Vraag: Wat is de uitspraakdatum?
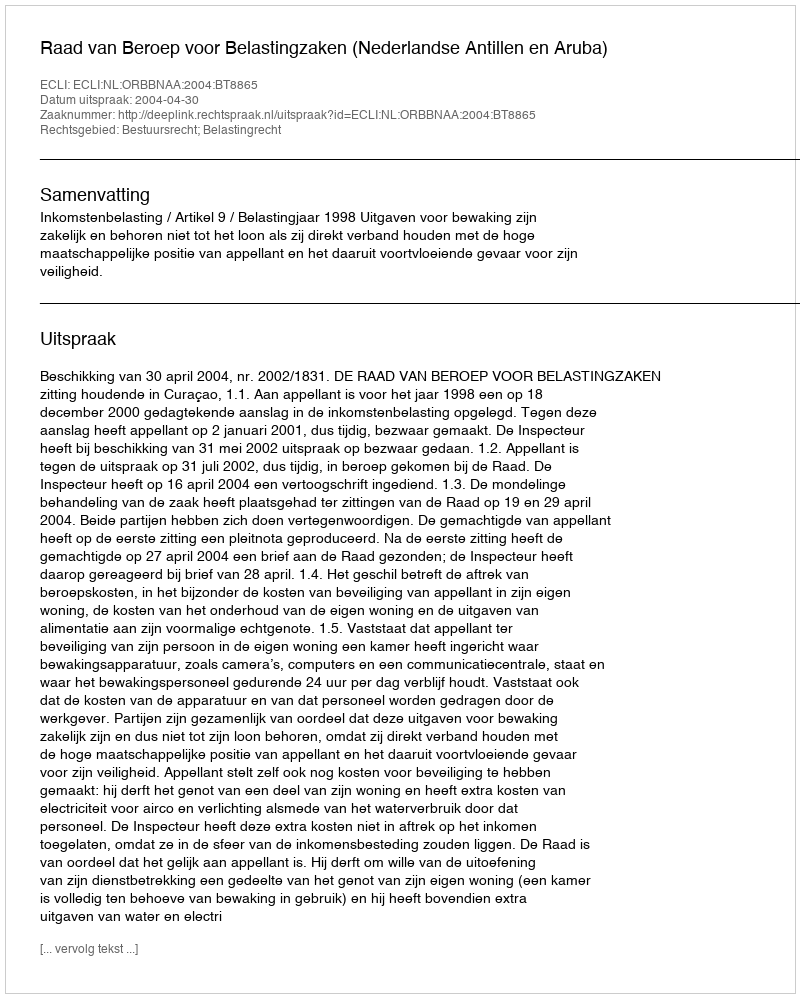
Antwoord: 2004-04-30